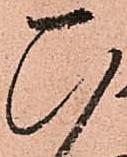
ひ